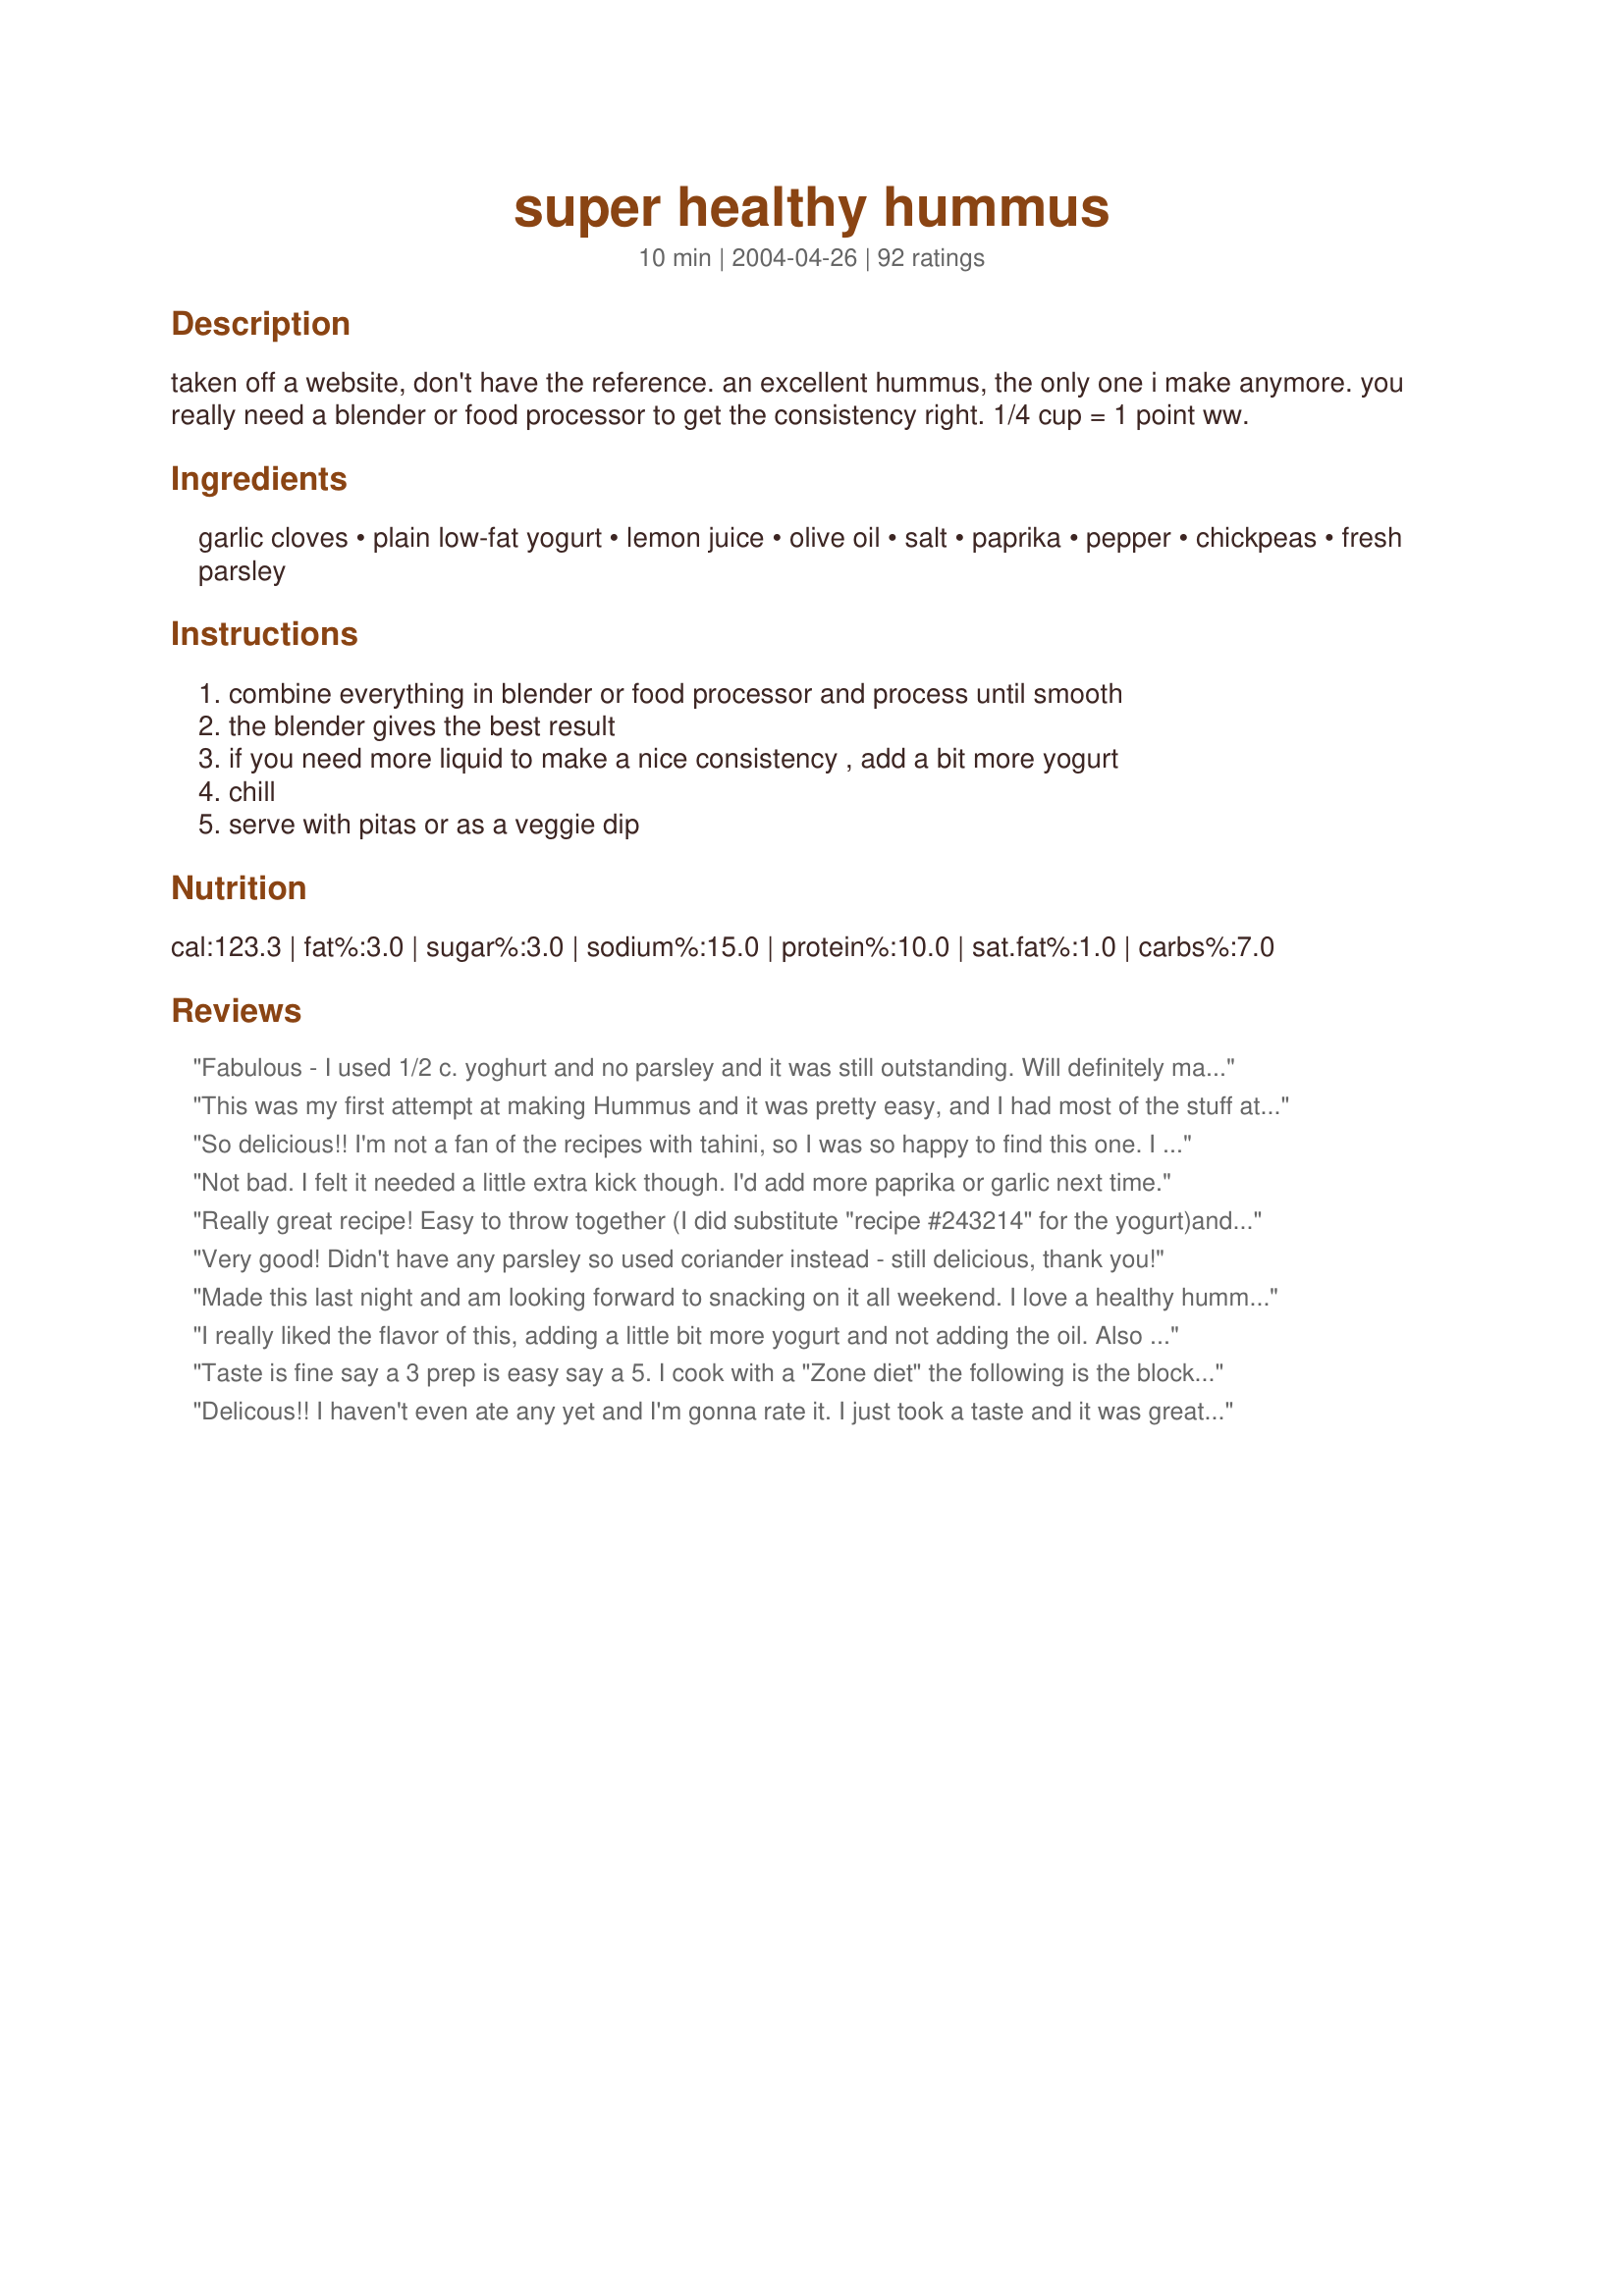
super healthy hummus
Preparation time: 10 minutes

taken off a website, don't have the reference. an excellent hummus, the only one i make anymore. you really need a blender or food processor to get the consistency right. 1/4 cup = 1 point ww.

Ingredients:
garlic cloves, plain low-fat yogurt, lemon juice, olive oil, salt, paprika, pepper, chickpeas, fresh parsley

Steps:
combine everything in blender or food processor and process until smooth, the blender gives the best result, if you need more liquid to make a nice consistency , add a bit more yogurt, chill, serve with pitas or as a veggie dip

Reviews:
Fabulous - I used 1/2 c. yoghurt and no parsley and it was still outstanding. Will definitely make again soon.
This was my first attempt at making Hummus and it was pretty easy, and I had most of the stuff at my house. Next time I think I will add a little vinager, for a little tang.
So delicious!! I'm not a fan of the recipes with tahini, so I was so happy to find this one. I up'd the servings to 9 and used 2 (15oz) cans of organic garbanzo beans. I used all organic ingredients and spices. I couldn't find any lemon juice without preservatives, even the organic lemon juice had a preservative, so I bought a few lemons and squeezed. For 9 servings, it's just 1 1/2T, which only took 1 lemon. This was super easy to make and the consistency was spot on using my food processor. I will be using this in my veggie wraps! Yum!!!!!!
Not bad. I felt it needed a little extra kick though. I'd add more paprika or garlic next time.
Really great recipe! Easy to throw together (I did substitute "recipe #243214" for the yogurt)and delicious, too! Thanks for a healthy addition to my low cal lifestyle.
Very good! Didn't have any parsley so used coriander instead - still delicious, thank you!
Made this last night and am looking forward to snacking on it all weekend. I love a healthy hummus with baby carrots. Also like the low Weight Watcher points, as I am (you guessed it) a proud member of Weight Watchers. Thanks Kasha!
I really liked the flavor of this, adding a little bit more yogurt and not adding the oil. Also put in some Dulse flakes and omitted the salt because of that substitution. :) YUM!
Taste is fine say a 3 prep is easy say a 5. I cook with a "Zone diet" the following is the block break out.
3/4 cup equals
3 blocks Carbs
1 block Fat
1 block Protein
Delicous!! I haven't even ate any yet and I'm gonna rate it. I just took a taste and it was great. Tastes just like the President's Choice garlic hummus u can get at Loblaws. I added an extra tblsp of yogurt. I let the food processor run for a long time which I found helped smooth it out! Awesome recipe!!!!!
This was great for low fat! I probably threw in more lemon and yogurt than required since I like things a bit on the sour side. As a result, it was I bit runnier than if I had followed the recipe exactly, but that's obviously my fault. Thanks for a great recipe that I know I'll be making often.

Chrissy
REALLY good hummus! I did not add parsley, but next time will add some cilantro. Read about my experience making this on my blog http://mymotherhubbardproject.blogspot.com/
Thanks for posting!

PS - I plugged everything into the WW points calculator and it came up 2 pts/serving for 6 servings.
Needed to add 2 extra cloves of garlic (we love garlic) and another 1/4 cup of yogurt, but the base recipe is a fantastic start!
I had never eaten hummus before I made this recipe and now it's my new favorite food. I picked this one because it's low fat uses ingredients I have on hand. I substituted fat-free sour cream for yogurt because it's what I usually have and it was great. I also added a little red pepper flakes. I liked it so much I have already made another batch for next week.
tried it today-absolutley wonderful, never again will i buy hummus
i followed the recipe and it came out great
thanks
I was looking for a healthy hummus and this was delicious, somewhat spicy and a little different than what I get at my local Lebanese restaurant. I added too much garlic, which my husband loved, but I thought it was a bit much. Next time I will make it exactly as it states. My blender didn't work well for mixing this, so I will also have to dig out the food processor. Thanks for sharing!
This recipe is great! You do not miss the tahinni paste at all. This is a bonus for my family because my son is allergic to sesame seeds. I really think the key ingredient is the yogurt. If you do not have any sour cream can always be used. Well done!
Yummy! So it's not traditional hummus - so what? It's really good! I added a pinch of cayenne for a little heat. Very good. Thanks!
This is insanely good, and really good for you, even though the ingredient list is suspect. I followed it, added more garlic, and had a pretty tasty snack! Drizzle in the yogurt slowly as you blend it to get the right consistency, you might need more than what the recipe calls for. I am looking forward to jazzing this up for future munchie attacks. Nothing vegetarian and lower in fat should taste this good, or be this easy, but it is!
This was good. I've never had hummus before, so I can't compare it to anything. I found this recipe looking for something new to use as a veggie dip for lunch. If I make it again, I will definitely add more than the three cloves of garlic, LOVE garlic!
Brilliant! I used soy yogurt to make this vegan, and I also added a tsp or so of sesame oil and a little cumin. Thank you for posting this! I'll definitely be making it again!
I thought this was the perfect healthy yogurt for our diet. Since we are garlic lovers, I added more to the recipe with a little cayenne pepper. I'm making my 3rd batch tomorrow! <br/>Thanks Kasha!
Hummus without seasame oil or Tahini is not my kind of hummus. Worthy effort, just not for me. Very simple to make though.
Yum! This runs a REALLY close second to traditional tahini hummus. I love that it is so healthy and frugal. This is my new standby recipe. I definitely reccomend the use of fresh parsley- and the addition of cumin, which I think all hummus needs!! (and some hot pepper!)
This was amazing! Made it for my French boyfriend and his family - they've never had hummus before and they're pretty suspect of foreign foods but they LOVED it! Now I'm translating the recipe for his mom.
Really, really good. Even my chef friend who hates hummus ate lots. I added in a couple tbsp. of tahini but that's not a critique of the recipe, just a personal preference. My kids loved it--tried it because others had said it was so good for kids. Thanks
I&#039;m so pleased ti have found this recipe. It is excellent. I love Hummus but the recipe I usually use has quite a large quantity of olive oil in it, which I wanted to cut down. The taste and texture of this hummus is perfect. In fact you wouldn&#039;t know there is just 1 tsp of olive oil in it unless you were told. Will definitely be the one I make from now on.
I added 1/2 of a roasted red bell pepper, 1 tsp cumin, 1/4 tsp red pepper flakes, upped the paprika to 1/2 tsp and subbed lime juice for lemon. I also did not have any parsley. I reserved some of the drained garbanzo liquid and added a little while I was processing to get a creamy consistency. This turned out to be my best version of hummus yet and avery lowfat and inexpensive way to make it as well!
This just did not work out for me. I followed the recipe exactly but it just didn't taste right. Maybe I miss the tahini too much. Anyway, I guess I will continue to buy my hummus already made. It's too bad.This recipe looked so promising...
I love this. This tastes just like the other recipes that call for much more olive oil, but this one is much more healthier. Thanks for posting this recipe! This will become one of my staples.
I'm so glad I tried this recipe. It has such a fresh flavor. I wouldn't change a thing. Thank you!
I added too much garlic and paprika so I had to add more beans, but it turned out terrific! It is easy and healthy, what more could you want? Thanks for the recipe!
Fantastic and versatile. Thank you!
Super easy also applies. Always like a good hummus and this was just so easy to do as well as tasting good. Added extra lemon juice. Glad you posted this Kasha.
Another wonderful recipe to go into my Favorites! I like it with homemade tortilla chips. Cannot taste the yogurt. Thanks, Kasha.
5/14/10 update. Ha ha...didn't realize I had made this before and even reviewed it. Apparently I had better luck with it 2 1/2 yrs ago. Anyway, I only had a 14.5 oz can of chickpeas so reduced the recipe to serve 4, which called for 2 cloves of garlic. Well, all I can taste is the garlic, so my garlic cloves must be larger than normal. Also, it seemed to take forever to get this smooth. I ended up using all 6 oz of the yogurt and still had difficulty. Still 5 stars but I wanted others to know of the problems I ran into so they can make adjustments if necessary.
As my daughter is deathly allergic to sesame, and can not eat tahini (sesame) which is usually in every store bought hummus, I have been making this hummus recipe for years. It is basic, easy, and I usually have all the ingredients on hand. The only thing thatI've done differently is sometimes I use greek plain yogurt or sour cream in place of the low-fat yogurt- it depends on what's in the fridge. I also tend to add more olive oil to get to to be as smooth as possible.
This was good. I used lime juice because it was all I had. Kind of spicy but yet very flavorful. We enjoyed it with homemade baked corn tortilla chips. (I know that's mixing my cultures, but it worked!)
Delicious and so easy to make! We made this at a Brownie Girls Scout meeting to earn a "try-it". All the girls loved it; I didn't even get a taste :o)
This was a really great hummus and perfect since I had no tahini on hand! I did use closer to 2 tablespoons of olive oil and an extra tablespoon of yogurt to get it to the consistency that I prefer. I also added 1/4 tsp. crushed red pepper flakes and 1 tsp. cumin to fit my taste. I will make this often!! Thanks!
I'm giving this one 5 stars because it gave me the base for my own recipe. DH and I are not Hummus fans and I determined it may be because of the Tahini. I was excited about this recipe because it didn't have any. After finding a store brand Jalapeno Hummus that we thought was ok I decided to try my hand at making my own. I took your recipe, ommited the garlic (personal preference for me, not DH) and parsley, substituted low fat sour cream for yogurt, substituted lime juice for lemon and added finely diced fresh jalapeno. It was awesome, although I may add some garlic powder next time. I couldn't get it out of the food processor fast enough to make a 2nd batch. So many possibilities with this! Thank you for sharing!
This was a great recipe! Very versatile. I was out of regular plain yogurt so I used 1/8c sour cream and 1/8c low fat plain greek yogurt. I also added red pepper flakes and doubled the salt. I did add an extra garlic clove, as per my preference. Thanks for giving me a great base hummus (minus tahini!) that is easy to play around with!
Excellent! Even if you're used to the classic hummus with Tahini, you don't miss the Tahini--you certainly don't miss the calories. The yoghurt adds a nice tang and the recipe is slam bang easy to make and delicious. A keeper!
This is an excellent way to save money on hummus. I was impressed by how easy and good this recipe is.
I doubled this recipe and made it without trying it first for a party b/c of the great reviews. It was too bad. I don't know if it was the chick peas (brand new cans) I had or the recipe. I made this and it just tasted like chick peas with some garlic. It didn't taste anything like hummus. Too bad b/c I have recently bought a zero fat hummus recipe that I loved and I had hoped this was similar.
Great stuff...I may need an intervention. I did choose to use sesame oil for my oil and added a bit more lemon and garlic but even as is, it was fabulous. I&#039;m completely addicted and it&#039;s been great for my weight line.
I've never tried hummus at all before and I have to admit when I tried this plain, I thought I had wasted my time. But when I dipped my veggie stuffed pita in it, I was amazed at the difference. All of a sudden, I loved it. So, thanks for the recipe and opening my eyes to something new.
This was my first time to make hummus and it turned out great! I accidentally bought low fat sour cream instead of yogurt, but it worked well. I used my small food processor and it worked well. We ate this with bagel chips. Great new snack and will definitely make again. Does have a very garlicky taste, but I love it!
Fantastic!! Wow. I actually had no tahini on hand and on a whim decided to see if I could find a tahini free recipe on zaar. And here it was. The only change I made was that I only had a 16oz. can of chickpeas. My husband and I loved it and we never missed the fat at all! Thank you.
I've been making my own Hummus with yogurt for years. It's great for those watching their weight. Depending on what I have on hand, I sometimes add roasted red peppers or chipotle peppers, for a little heat. :)
Tahini is hard to get here, so this is a good recipe for me. I used more garlic.
A tasty hummus, but the texture was a little more....liquid?....than I am used to. Will try again tomorrow after it's refrigerated overnight.
This was excellent. I made it as written, but with just one garlic clove, plus a TBSP of peanut butter and 1/2 tsp cumin. Delicious! I plan to eat this with fresh cucumber, olives, and peppers...would also be great with some pretzels!
Wow...this is fantastic! I love love love hummus...its a great healthy snack. I like the idea that its made with yogurt and not tahini. I used 1/2 cup of yogurt for more liquid. Because this was so easy to prepare, I will make this over and over again!! Thanks
This is never peanut butter in hummus!!!!!!!!!!!
Loved it! Did add more garlic. Great to find a good hummus recipe that's so low in fat. Thanks for sharing the recipe!
For healthy/low fat, I must say, this is a winner! Used sesame oil instead of olive, and a spicy lime splash instead of lemon juice (the spice helped to kick up the flavour). would also recommend a touch more salt. My husband liked it, and he isn&#039;t even big hummus person!
Wonderful healthy alternative hummus! I didn't have any yogurt and I didn't want to go to the store so I used about 1/3 cup of liquid from the chickpeas ... not sure if it would make a difference in the taste but would definitely change the nutritional value. I also added "a bit more garlic" because "can you ever have too much garlic???" I'll be keeping this recipe for a great snack alternative! Thanks.
The texture of this recipe is fine, and the yogurt is fine too. I am rating this low because I missed the tahini that belongs in hummus. I won't eat hummus without tahini again.
Great healhty version! I added a bit of peanut butter just to get the nutty taste but either way it was so yummy!!!
Really tasty, really simple, really cheap!! I will be making this version from now on, it tasted great, I cant believe there was no tahini in it and i didnt miss it at all. This was a hit with the whole family, best version IÂ´ve tried. Thank you
I've never eaten hummus before. In fact, I've only eaten garbanzo beans a couple of times. This was good but way too much garlic for us and I love garlic. It had a very strong raw garlic taste that stayed in my mouth forever. Next time I'll cut back to just one small clove of garlic and maybe add some peanut butter ( I can't find tahini in my area). I was hoping for a smoother texture and maybe the peanut butter will achieve that. I did add more yogurt but still wan't as smooth as I wanted it. I will make it again b/c it's a good recipe. Everyone's taste is different, so I'm sure many reviewers liked the strong garlic taste. Thank you, Kasha, for sharing.
Fantastic! I used 1T of minced garlic, sea salt for the salt, about 1/2 of a roasted red bell pepper and fat free sour cream instead of yogurt because that's what I had on hand. I processed for several minutes in my food processor to get it to the right consistency. We all loved it and couldn't tell the difference between this and high fat store bought!
 I'm wondering how does this taste in comparison to the hummus which is made authentically, i.e. chickpeas, cumin, olive oil, tahini, lemon juice and maybe sumak over the top. I've always loved the tahini taste but without it what would it taste like?
i just made this, and i will never buy hummus again! it is delicious, and healthier and way cheaper than store-bought. with this much garlic, who misses a little tahini? mmm.
I did not like this very much at all. That being said I have never eaten hummus before and I suspect that it is not the recipe that is the problem I didn't like the way the chickpeas smelled so I imagine that that is the problem. With so many good reviews I can't imagine that the recipe is at fault but I just didn't enjoy eating it, I threw most of it out. So thank you for the adventure Kasha! I had fun making and trying something new.
Yummers. I've made this twice now and counting. Had to use more yogurt as suggested. Praise Jesus for you sharing this simple recipe. Blessings in His name!
We've made this three times in three days. Speaks for itself, doesn't it? :) We had impulse dinner guests both Friday and Saturday and this was the perfect whip it together appetizer. Thanks for saving me!
WOW this one is off the charts delicious!!!!! I am eating it right now by the celery-stalk-full. Tonight I made it to mix into my "simple cauliflower smash" (#203843). I made it exactly as written except I didn't use actual measuring utensils (I eyeballed it). And I think I used the biggest garlic cloves I could pluck off the head. I can't believe I never thought to try hummus made with yogurt. I think I'll make some more tomorrow:). THANKS for the awesome dip Kasha!
Wonderful! After making my own hummus and realizing how much olive oil I had to use to get a smooth nice consistency, I was happy to find this recipe. I boiled my own chickpeas, so my batch was quite a bit larger. I also made my own tahini by toasting sesame seeds and blending them just just a bit of oil. This recipe is a keeper!
I agree, this is the only hummus to make. I've been making this as long as I've been on Recipezaar, and only recently realized I failed to rate it! Sometimes I'll jazz it up with lemongrass, sometimes not. My favorite compliment on it so far? "You MADE this?!" Oh yeah. Thanks for this recipe!
Thank you! I was so happy to find a recipe for hummus with out tahini (or peanut butter, which I'm told can be used as a substitute for tahini). As soon as I read your recipe I rushed to make it. I really liked it, it's great. The amount of garlic really does need to be adjusted for personal preference, but that's all I changed. Thanks again!

Healthy and tasty hummus! The addition of the yogurt did make it nice and creamy and seemed to give it a different flavor than most versions I&#039;ve tried. I added some cumin and more salt than specified. Thanks for sharing your recipe!
By far, the best hummus I have ever had!! I served it at a dinner party and EVERYONE loved it. I served it with homemade pita chips, even the kids ate it!
delicious!!! this recipe is a keeper! i had to use a little more yogurt than called for & only used 1 clove of garlic. i couldn't tell the difference~ that it wasn't made with tahini. of course i haven't had hummus in almost 3 years, i still haven't found any in germany. thank you, it was wonderful!
This was excellent and so easy to make. I did add some diced kalamata olives to it also
I have just started in a healthier lifestyle change. I was looking through the net to find a nice hummus recipe! I found this!! Is is the first thing I have saved in my cook book and it got a high rating from myself but what won me over is my fussy 2yr old son is LOVING THIS!!! he keeps pointing at the fridge and saying yummy food.. yummy food! so this has won me over. thanks for a fantastic recipe!
I kicked up the flavor a bit by adding about a tsp of lemon zest. I also added about a Tbsp of peanut butter because it lacked creaminess. Also got just a bit more of the traditional Tahini flavor with about 1/2 tsp of toasted sesame oil, and also added about 1/2 tsp of cumin. Overall, very good and easy to make with the food processor.
I used a 15 oz can of chick peas, 1/2 cup of plain fat free Chobani, 2 tsp of minced garlic, and added 1 tsp of toasted sesame oil. Otherwise, I followed the recipe and it was great! I tried the blender but ended up moving it to the food processor, which worked much better. This is now my go-to hummus recipe, thanks!
Puuurty good! :D
absolutely the taste i was looking for and it fits with my diet. I made it with no fat sour cream as others have suggested. I'll never buy hummus again.
Very good. Substituted red wine vinegar fora the lemon juice. Hard to make in a blender, maybe a food processor would be better. Either way, the flavor's great and worth the effort.
This was ok for me...it just wasn't what I was expecting. I uped the garlic flavor which was good, but something just wasn't right....
This is a recipe that I've been using for quite a while, except I add 1/2 tsp. cumin, sea salt to taste, 2 heaping tsps. lowfat plain yogurt, and 5 tsps. olive oil. A day hardly goes by that I don't have it for lunch. Especially good on lowfat Triscuits.
FANTASTIC!!! Even my mother, Mrs. IHateHummus, gobbled it up at the picnic I brought it to! I'll be making this for a healthy snack to have around the house too!!!
I&#039;ve never made hummus before, but I have always wanted to, so I went with this recipe. I haven&#039;t eaten it with anything yet. I just made it and I am letting it chill. But it tasted pretty good after I got it all together. I added chili sesame oil, a splash of olive oil, a splash of balsamic, and I upped the spices, because it tasted pretty bland at first. I can&#039;t wait to try it with veggies tomorrow.
I just love Hummus but as it's not so easy to buy Tahini around here, I was pleased to find a recipe for Hummus without Tahini as an ingredient!
Thank you!
This was great! I didn't know you could make it without tahini, but I didn't miss it at all, and I couldn't get my 2 year old to stay out of it!
This was very good. It was the first time I had made/tasted hummus. I don't know how it compares to the kind with tahini in it but my MIL eats hummus and she said this tasted like it was supposed to.
Followed recipe exactly totally gross. Buy the stuff from the store..what a waste of time
Very good hummus. I served this with 3 other dips for a party. I did double this recipe. I will use this again. Thank you for sharing your recipe.
This was my first time making hummus, and this is incredibly good and way easy! So much better than the store bought stuff. I'll be using this recipe from now on! Thanks!
This recipe is good for a lighter hummus. The yogurt taste is a little strong so I added some cumin and a bit of cayenne pepper to cover it up.
